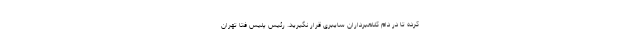
کرده تا در دام کلاهبرداران سایبری قرار نگیرید. رئیس پلیس فتا تهران